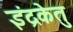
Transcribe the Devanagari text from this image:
इंद्रकेतु